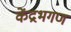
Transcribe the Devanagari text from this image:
केंद्रभगण